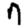
Digit: 7